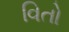
વિતો